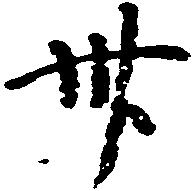
卅